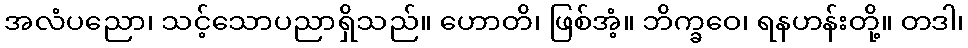
အလံပညော၊ သင့်သောပညာရှိသည်။ ဟောတိ၊ ဖြစ်အံ့။ ဘိက္ခဝေ၊ ရနဟန်းတို့။ တဒါ၊